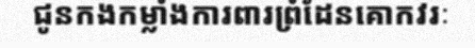
ជូនកងកម្លាំងការពារព្រំដែនគោកវរៈ